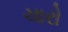
ચારો